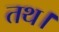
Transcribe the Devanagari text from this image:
तथ।